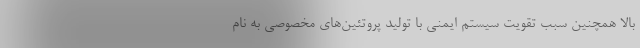
بالا همچنین سبب تقویت سیستم ایمنی با تولید پروتئین‌های مخصوصی به نام